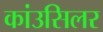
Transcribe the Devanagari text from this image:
कांउसिलर